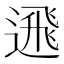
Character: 𨕗